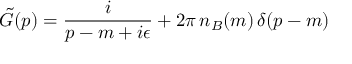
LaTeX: \tilde { G } ( p ) = \frac { i } { p - m + i \epsilon } + 2 \pi \, n _ { B } ( m ) \, \delta ( p - m )